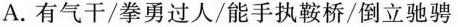
A.有气干/拳勇过人/能手执鞍桥/倒立驰骋